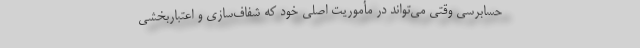
حسابرسی وقتی می‌تواند در مأموریت اصلی خود که شفاف‌سازی و اعتباربخشی